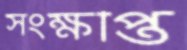
সংক্ষপ্তি